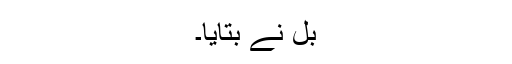
بل نے بتایا۔